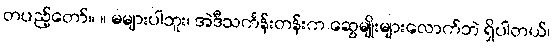
တပည့်တော်။ ။ မများပါဘူး၊ အဲဒီသင်္ကန်းတန်းက ဆွေမျိုးများလောက်ဘဲ ရှိပါတယ်၊